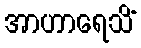
အာဟာရေသိံ